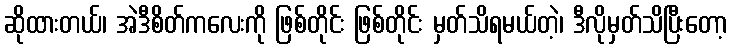
ဆိုထားတယ်၊ အဲဒီစိတ်ကလေးကို ဖြစ်တိုင်း ဖြစ်တိုင်း မှတ်သိရမယ်တဲ့၊ ဒီလိုမှတ်သိပြီးတော့